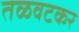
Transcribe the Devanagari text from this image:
तळवटकर